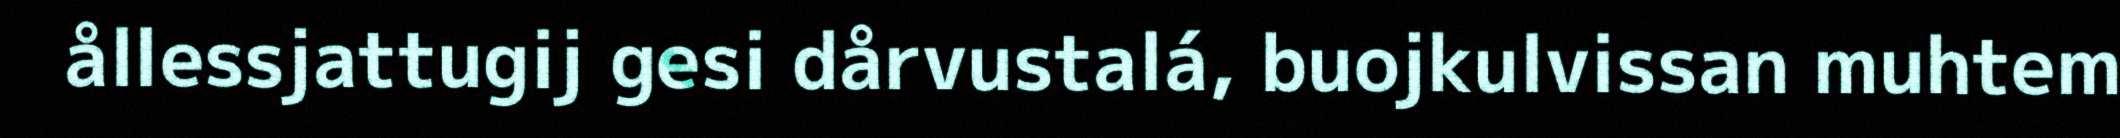
ållessjattugij gesi dårvustalá, buojkulvissan muhtem